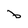
Character: b